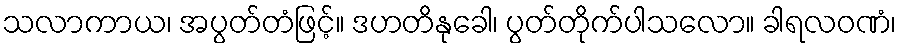
သလာကာယ၊ အပွတ်တံဖြင့်။ ဒဟတိနုခေါ၊ ပွတ်တိုက်ပါသလော။ ခါရလဝဏံ၊